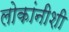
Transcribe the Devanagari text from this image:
लोकांनीशी